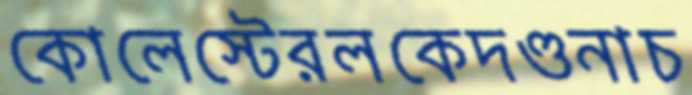
কোলেস্টেরলকেদণ্ডনাচ